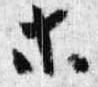
等